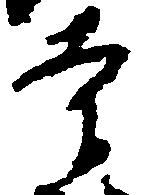
寺